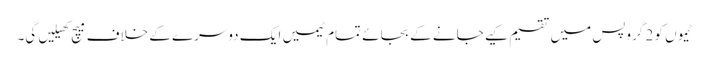
ٹیموں کو 2 گروپس میں تقسیم کیے جانے کے بجائے تمام ٹیمیں ایک دوسرے کے خلاف میچ کھیلیں گی۔